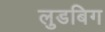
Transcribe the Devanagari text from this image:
लुडबिग